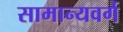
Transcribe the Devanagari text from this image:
सामान्यवर्ग